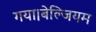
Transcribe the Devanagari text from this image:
गया।बेल्जियम